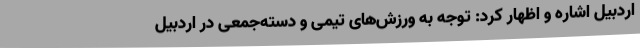
اردبیل اشاره و اظهار کرد: توجه به ورزش‌های تیمی و دسته‌جمعی در اردبیل